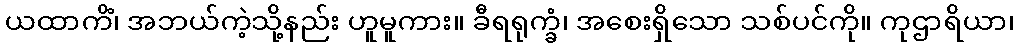
ယထာကိံ၊ အဘယ်ကဲ့သို့နည်း ဟူမူကား။ ခီရရုက္ခံ၊ အစေးရှိသော သစ်ပင်ကို။ ကုဌာရိယာ၊